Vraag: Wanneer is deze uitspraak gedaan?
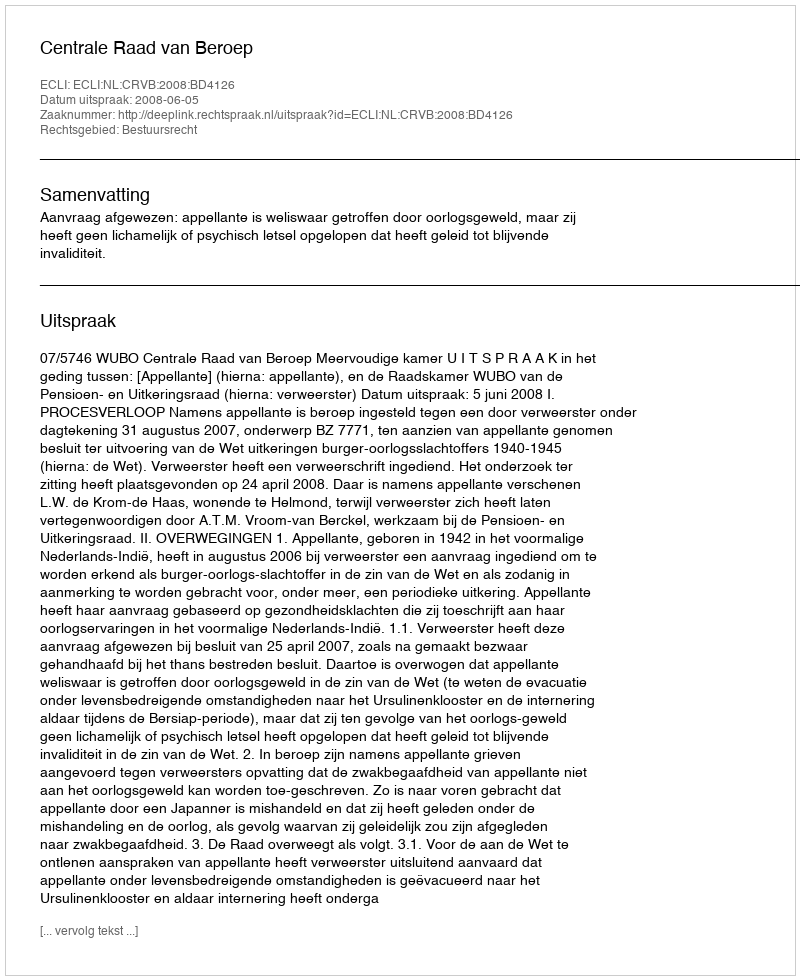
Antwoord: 2008-06-05